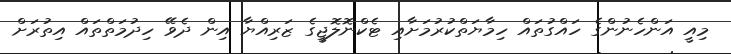
މިއީ އަންހެނުންގެ ހައްގުތައް ހިމާޔަތްކުރުމަށާއި ޓެކްނޮލޮޖީގެ ޒަރިއްޔާ އިން ދެވޭ ހިދުމަތްތައް އިތުރަށް